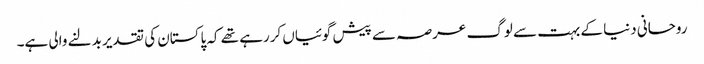
روحانی دنیا کے بہت سے لوگ عرصہ سے پیش گوئیاں کررہے تھے کہ پاکستان کی تقدیر بدلنے والی ہے۔